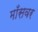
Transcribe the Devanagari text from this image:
माँसवर